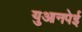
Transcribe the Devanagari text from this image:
युआनपेई